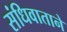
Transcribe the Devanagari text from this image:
संधिवाताने